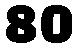
80